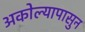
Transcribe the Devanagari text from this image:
अकोल्यापासुन